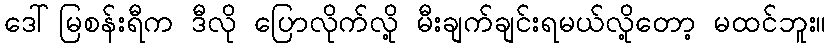
ဒေါ်မြစန်းရီက ဒီလို ပြောလိုက်လို့ မီးချက်ချင်းရမယ်လို့တော့ မထင်ဘူး။